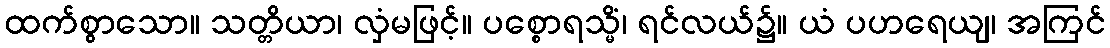
ထက်စွာသော။ သတ္တိယာ၊ လှံမဖြင့်။ ပစ္စောရသ္မိံ၊ ရင်လယ်၌။ ယံ ပဟရေယျ၊ အကြင်